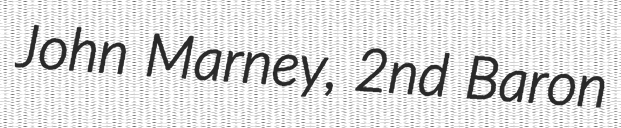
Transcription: John Marney, 2nd Baron